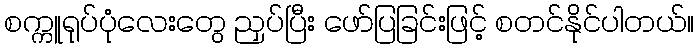
စက္ကူရုပ်ပုံလေးတွေ ညှပ်ပြီး ဖော်ပြခြင်းဖြင့် စတင်နိုင်ပါတယ်။